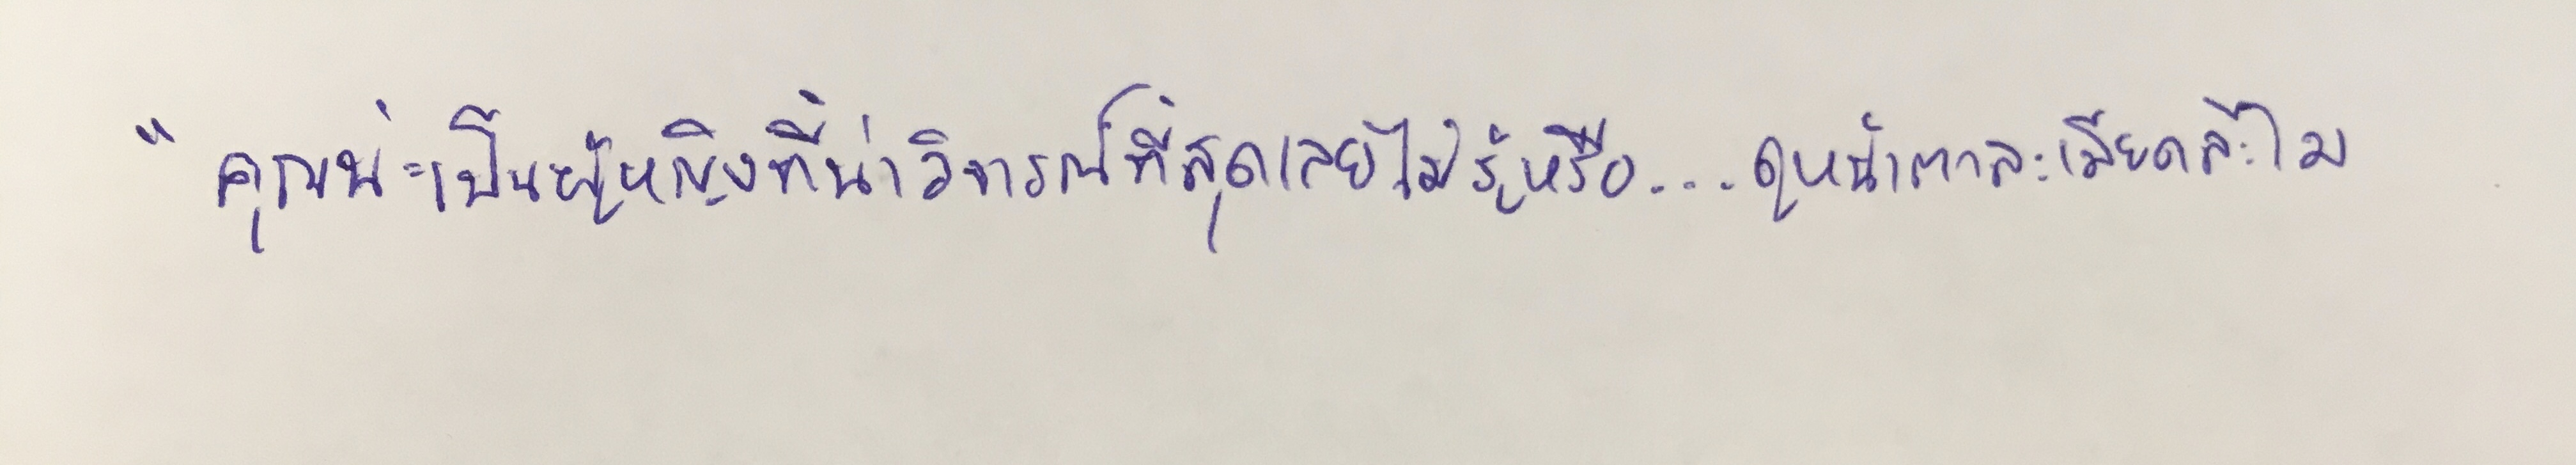
"คุณน่ะเป็นผู้หญิงที่น่าวิจารณ์ที่สุดเลยไม่รู้หรือ...ดูหน้าตาละเมียดละไม